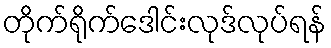
တိုက်ရိုက်ဒေါင်းလုဒ်လုပ်ရန်